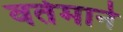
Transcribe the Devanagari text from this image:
वर्तमाने